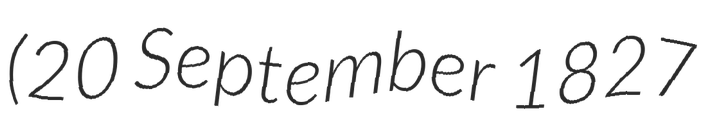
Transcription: (20 September 1827